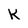
Character: K